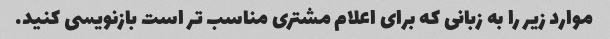
موارد زیر را به زبانی که برای اعلام مشتری مناسب تر است بازنویسی کنید.